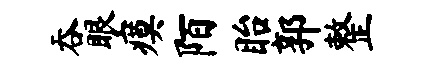
吞眼瘼陌眙郭整